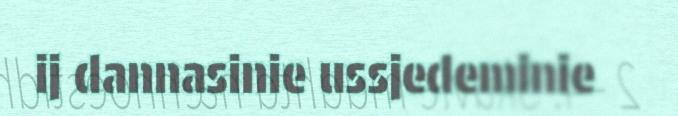
ij dannasinie ussjedeminie